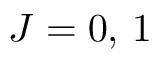
J = 0 , \, 1